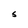
Character: S